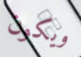
ويكون